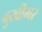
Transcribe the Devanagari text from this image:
ब्रुखीमर